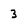
Character: 3